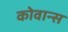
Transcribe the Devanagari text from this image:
कोवान्स